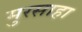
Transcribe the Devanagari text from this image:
मुरसाहा